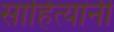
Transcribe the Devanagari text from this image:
साहित्यांनी